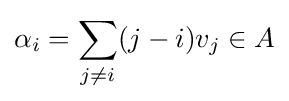
\alpha _{i}=\sum _{j\neq i}(j-i)v_{j}\in A